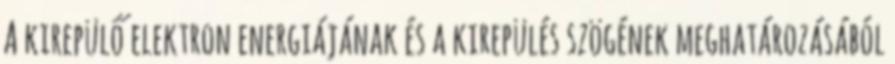
A kirepülő elektron energiájának és a kirepülés szögének meghatározásából